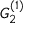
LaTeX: { G } _ { 2 } ^ { ( 1 ) }